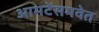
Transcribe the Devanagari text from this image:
आमटेंसमवेत